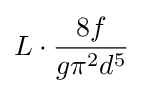
L\cdot {\frac {8f}{g\pi ^{2}d^{5}}}